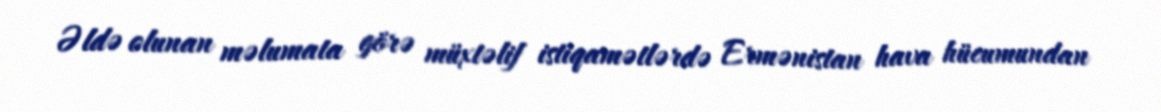
Əldə olunan məlumata görə müxtəlif istiqamətlərdə Ermənistan hava hücumundan